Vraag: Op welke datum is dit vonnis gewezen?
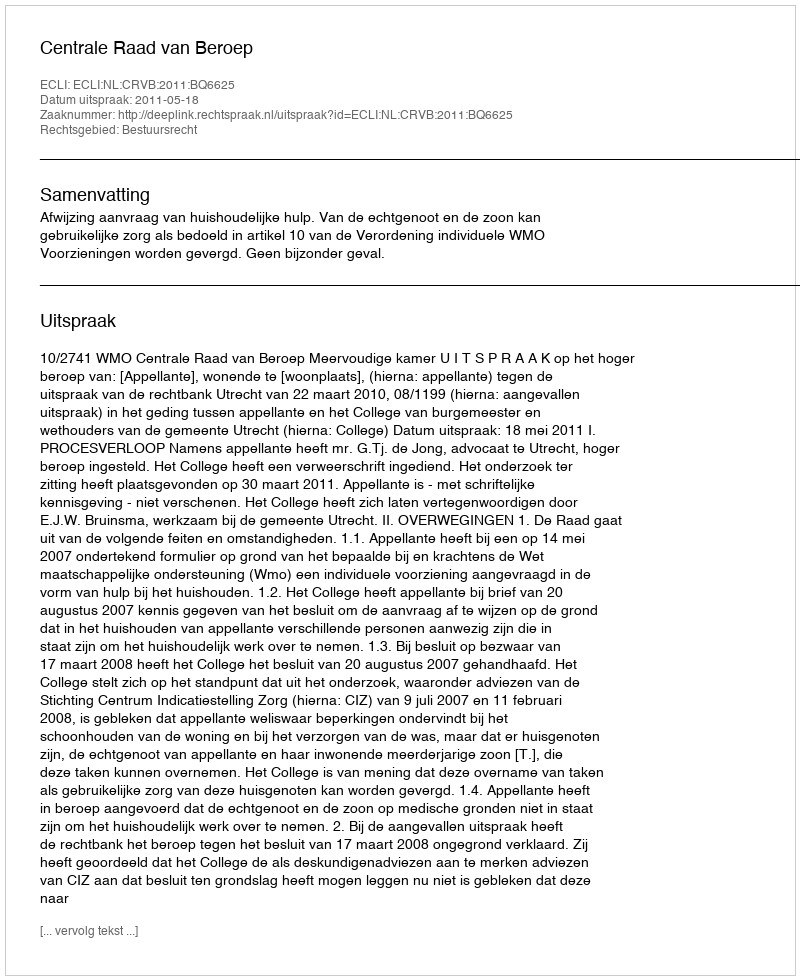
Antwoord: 2011-05-18